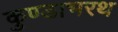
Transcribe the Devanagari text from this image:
कुण्डाभरथ